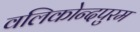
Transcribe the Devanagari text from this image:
वलिकोन्दपुरम